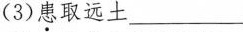
( 3 )患取远土___